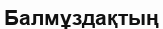
Балмұздақтың